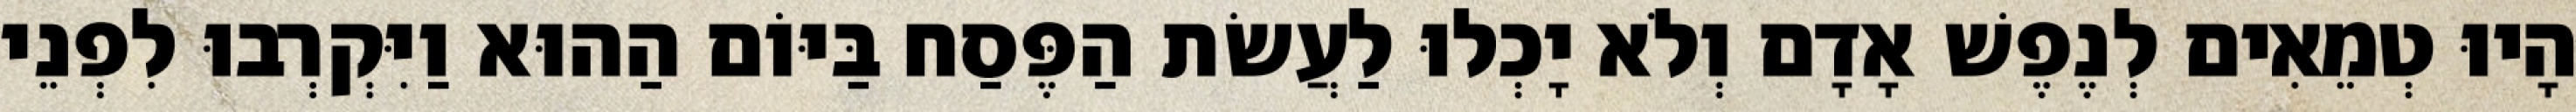
הָיוּ טְמֵאִים לְנֶפֶשׁ אָדָם וְלֹא יָכְלוּ לַעֲשׂת הַפֶּסַח בַּיּוֹם הַהוּא וַיִּקְרְבוּ לִפְנֵי